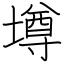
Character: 墫